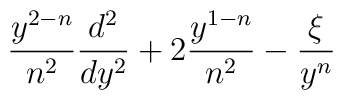
\frac{y^{2-n}}{n^2}\frac{d^2}{dy^2}+2\frac{y^{1-n}}{n^2} - \frac{\xi}{y^n}